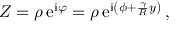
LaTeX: Z = \rho \, \mathrm { e } ^ { \mathrm { i } \varphi } = \rho \, \mathrm { e } ^ { \mathrm { i } \left( \phi + { \frac { \gamma } { R } } y \right) } \, ,